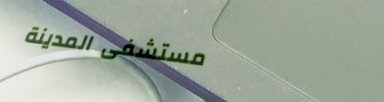
مستشفى المدينة